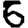
Digit: 6